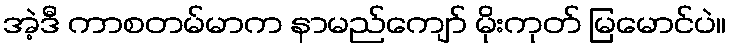
အဲ့ဒီ ကာစတမ်မာက နာမည်ကျော် မိုးကုတ် မြမောင်ပဲ။